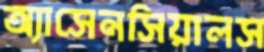
অ্যাসেনসিয়ালস